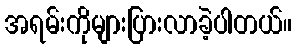
အရမ်းကိုများပြားလာခဲ့ပါတယ်။